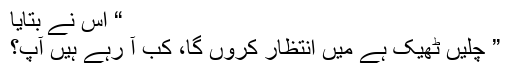
“ اس نے بتایا
” چلیں ٹھیک ہے میں انتظار کروں گا، کب آ رہے ہیں آپ؟